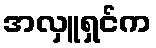
အလှူရှင်က